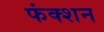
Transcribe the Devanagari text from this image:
फंक्‍शन